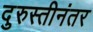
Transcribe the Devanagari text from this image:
दुरुस्तीनंतर